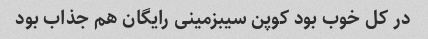
در کل خوب بود کوپن سیبزمینی رایگان هم جذاب بود